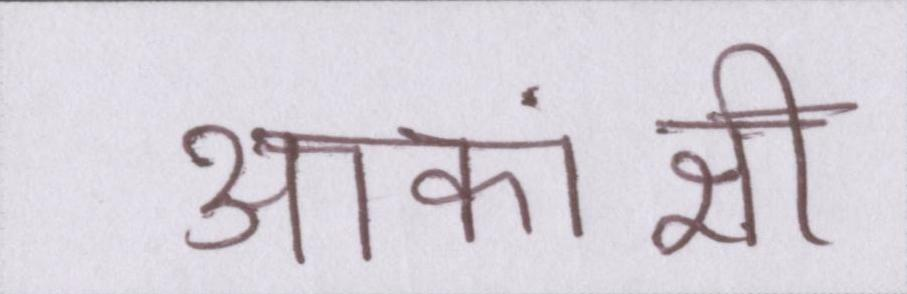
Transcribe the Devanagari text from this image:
आकांक्षी